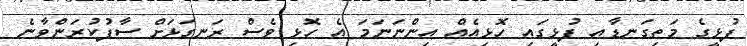
ފުޅީގެ މަތިގަނޑާއި ފުޅީގައި ހޮޅިއެއް އިންނަނަމަ އެ ހޮޅި ވެސް ރަނގަޅަށް ސާފުކުރަންވާނެ